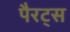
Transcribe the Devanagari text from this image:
पैरट्स